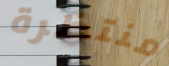
منتظرة